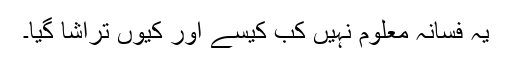
یہ فسانہ معلوم نہیں کب کیسے اور کیوں تراشا گیا۔